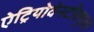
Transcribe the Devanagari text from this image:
ऐट्रियोवेनटीक्यूलर